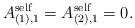
LaTeX: \begin{align*}A_{(1),1}^{\rm self} = A_{(2),1}^{\rm self}=0.\end{align*}